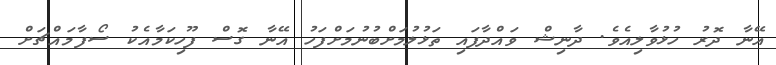
އޭނާ ދޮރު ހުޅުވާލިއެވެ. ދާނިޝް ވައްދާފައި ތަޅުލުމަށްބުނުމަށްފަހު އޭނާ ގޮސް ފޫހިކަމާއެކު ސޯފާމައްޗަށް